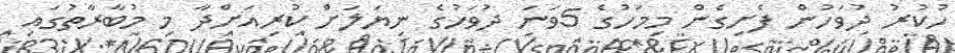
ހުކުރު ދުވަހުން ފެށިގެން މިމަހުގެ 5ވަނަ ދުވަހުގެ ނިޔަލަށް ކުރިއަށްދާ މި މުބާރާތުގައި